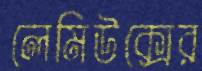
লেমিউক্সের